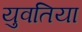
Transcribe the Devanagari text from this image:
युवतिया